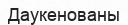
Даукенованы